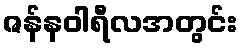
ဇန်နဝါရီလအတွင်း